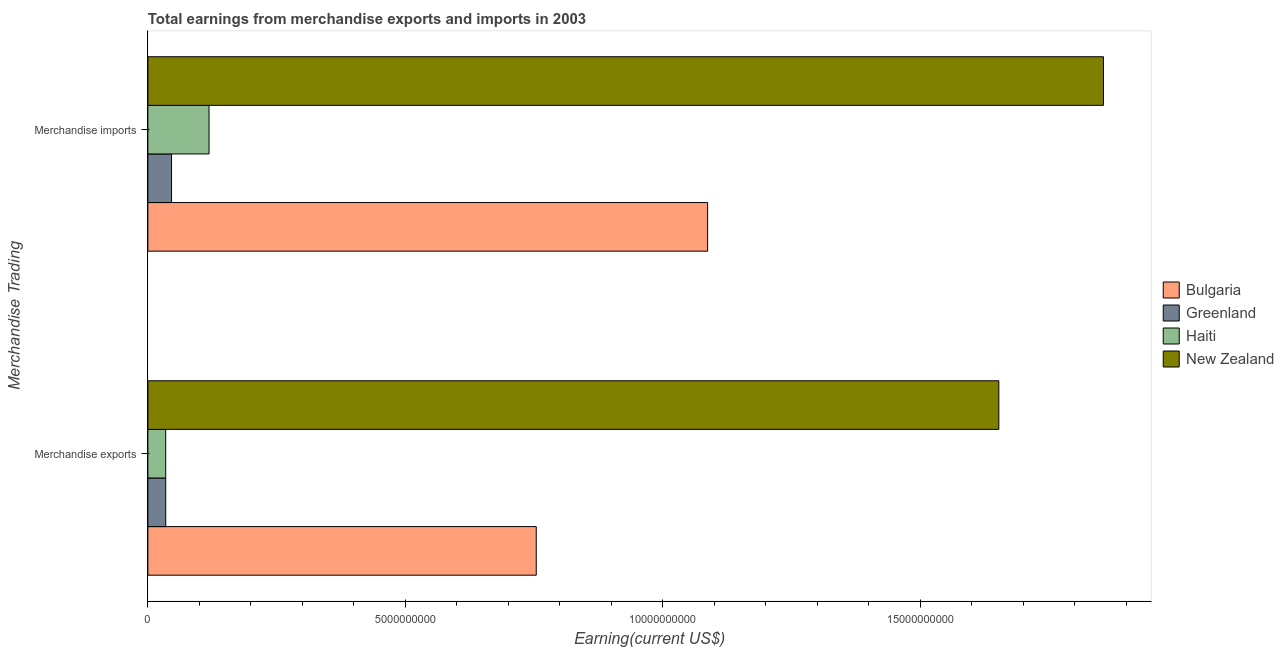
| Merchandise Trading | Bulgaria | Greenland | Haiti | New Zealand |
 | --- | --- | --- | --- | --- |
 | Merchandise exports | 7.54e+09 | 3.47e+08 | 3.47e+08 | 1.65e+10 |
 | Merchandise imports | 1.09e+10 | 4.6e+08 | 1.19e+09 | 1.86e+10 |